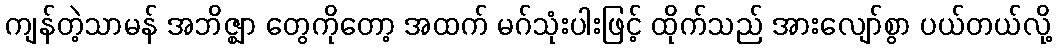
ကျန်တဲ့သာမန် အဘိဇ္ဈာ တွေကိုတော့ အထက် မဂ်သုံးပါးဖြင့် ထိုက်သည် အားလျော်စွာ ပယ်တယ်လို့